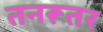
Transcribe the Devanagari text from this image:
तनरूतर